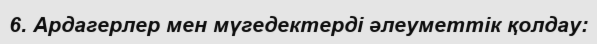
6. Ардагерлер мен мүгедектерді әлеуметтік қолдау: